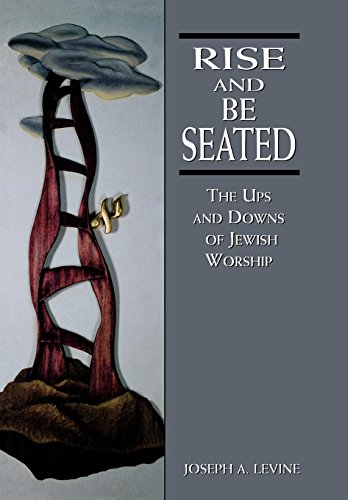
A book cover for Rise and Be Seated: The Ups and Downs of Jewish Worship; Joseph A. Levine; Religion & Spirituality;